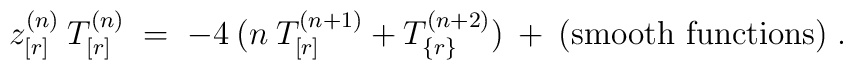
z^{(n)}_{[r]} \:T^{(n)}_{[r]} \;=\; -4\:(n\:T^{(n+1)}_{[r]} +T^{(n+2)}_{\{r\}}) \:+\: {\mbox{(smooth functions)}} \;.